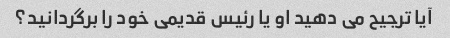
آیا ترجیح می دهید او یا رئیس قدیمی خود را برگردانید؟